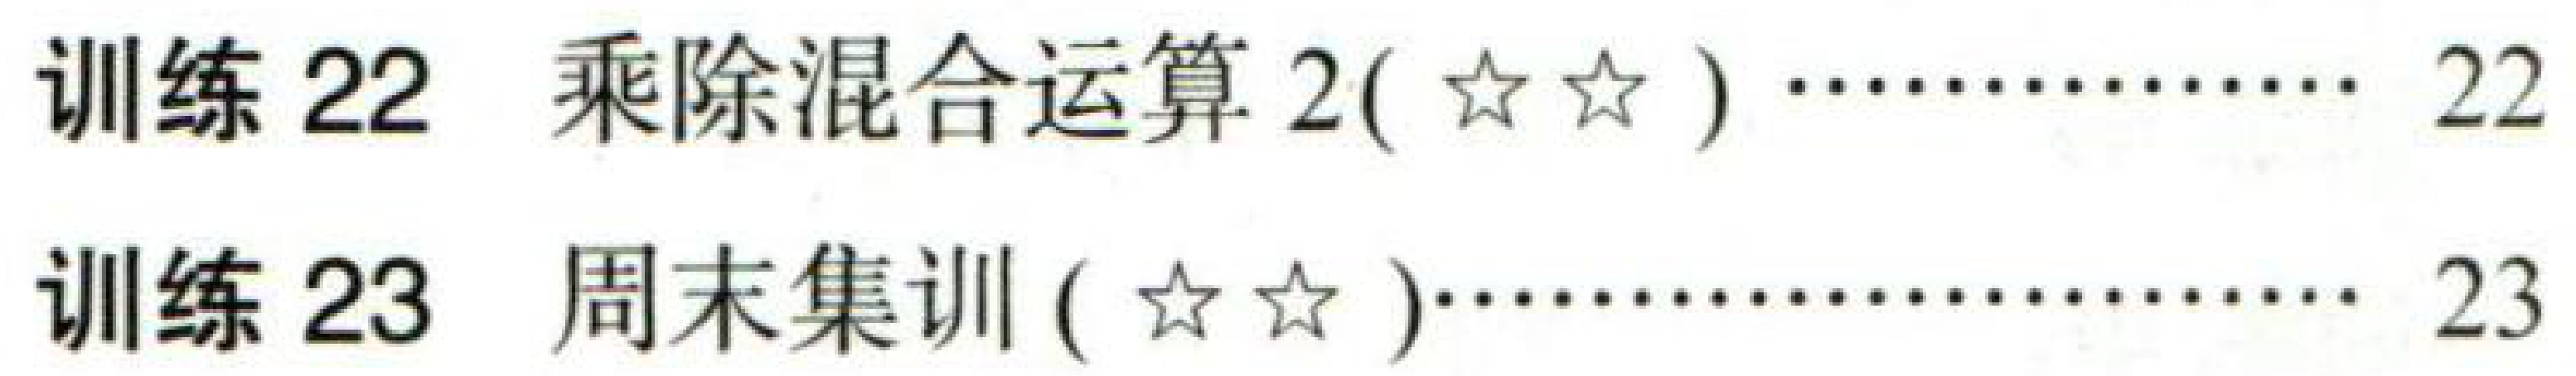
训练 22 乘除混合运算 2(☆☆)············ 22

训练 23 周末集训 (☆☆)···················· 23